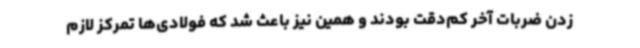
زدن ضربات آخر کم‌دقت بودند و همین نیز باعث شد که فولادی‌ها تمرکز لازم